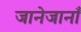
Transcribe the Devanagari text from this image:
जानेजानाँ